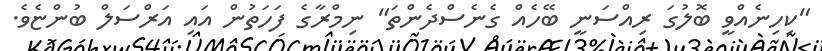
"ކިހިނެއްވީ ބޮލުގަ ރިއްސަނީ ބޭހެއް ގެނެސްދެންތަ" ނިމްރާގެ ފަހަތުން އައި އަރްސަލް ބުންޏެވެ.